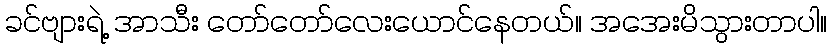
ခင်ဗျားရဲ့ အာသီး တော်တော်လေးယောင်နေတယ်။ အအေးမိသွားတာပါ။